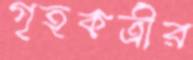
গৃহকর্ত্রীর